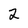
Character: 2